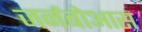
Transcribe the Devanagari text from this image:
जर्नबोआस